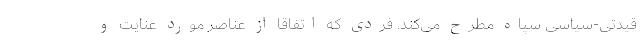
قیدتی-سیاسی سپاه مطرح می‌کند. فردی که اتفاقا از عناصر مورد عنایت و